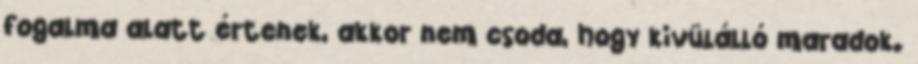
fogalma alatt értenek, akkor nem csoda, hogy kivülálló maradok.